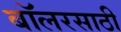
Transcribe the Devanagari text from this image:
बॉलरसाठी